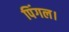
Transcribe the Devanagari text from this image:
पिंगल।